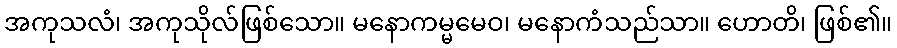
အကုသလံ၊ အကုသိုလ်ဖြစ်သော။ မနောကမ္မမေဝ၊ မနောကံသည်သာ။ ဟောတိ၊ ဖြစ်၏။